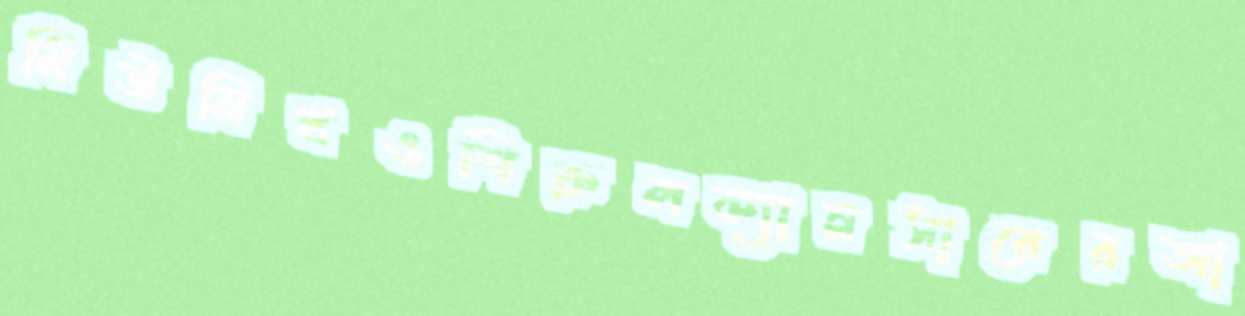
মিউনিখওশিরুলক্যানসারেরআ